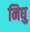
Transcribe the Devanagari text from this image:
निघु